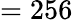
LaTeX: =256